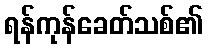
ရန်ကုန်ခေတ်သစ်၏